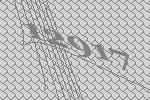
12917